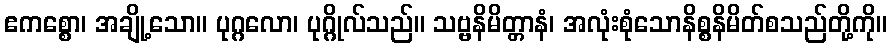
ဧကစ္စော၊ အချို့သော။ ပုဂ္ဂလော၊ ပုဂ္ဂိုလ်သည်။ သဗ္ဗနိမိတ္တာနံ၊ အလုံးစုံသောနိစ္စနိမိတ်စသည်တို့ကို။